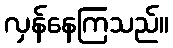
လှန်နေကြသည်။